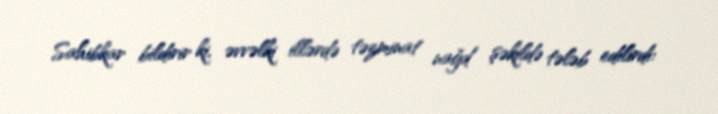
Sahibkar bildirir ki, əvvəlki illərdə təzminat nağd şəkildə tələb edilirdi: